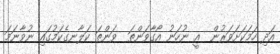
އަދި ހަމަކަށަވަރުން  އީ ނުހަނު އޯގާވަންތަ  ވަންތަ ކަލާނގެކަމުގައި ނުވާނަމަ